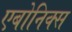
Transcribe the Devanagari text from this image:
एबोनिक्स